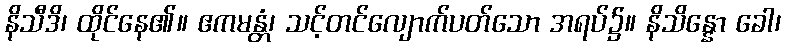
နိသီဒိ၊ ထိုင်နေ၏။ ဧကမန္တံ၊ သင့်တင်လျောက်ပတ်သော အရပ်၌။ နိသိန္နော ခေါ၊